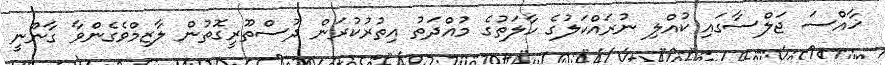
ޚާއްސަ ޖަލްސާގައި ކުއްލި ނުރައްކަލުގެ ހާލަތުގެ މުއްދަތު އިތުރުކުރަން ދުސްތޫރީގޮތުން ލާޒިމްވެގެންވާ ގާނޫނީ